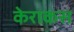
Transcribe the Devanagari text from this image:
केराकस